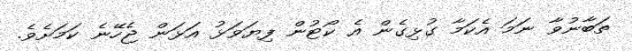
ތަބާނުވާ ނަމަ އެކަމާ ގުޅިގެން އެ ކޯޓުން ފިޔަވަޅު އަޅަން ޖެހޭނެ ކަމަށެވެ.